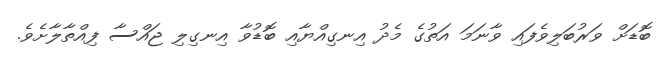
ބޮޑަށް ވަރުބަލިވެފައި ވާނަމަ އަތުގެ މެދު އިނގިއްޔާއި ބޮޑުވާ އިނގިލި ޖައްސާ ފިއްތާލާށެވެ.